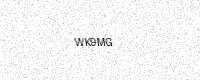
Text: WK9MG